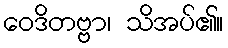
ဝေဒိတဗ္ဗာ၊ သိအပ်၏။